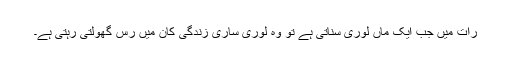
رات میں جب ایک ماں لوری سناتی ہے تو وہ لوری ساری زندگی کان میں رس گھولتی رہتی ہے۔